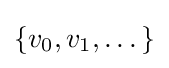
\{v_{0},v_{1},\dots \}